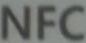
NFC